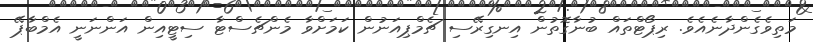
މަތިވެގެންދާނެއެވެ. ރިޕޯޓްތައް ބުނާގޮތުން އިނގިރޭސި ޗެމްޕިއަނުން ކަމަށްވާ މެންޗެސްޓާ ސިޓީއިން އަންނަނީ އެމްބާޕޭ